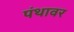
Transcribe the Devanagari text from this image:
पंथावर